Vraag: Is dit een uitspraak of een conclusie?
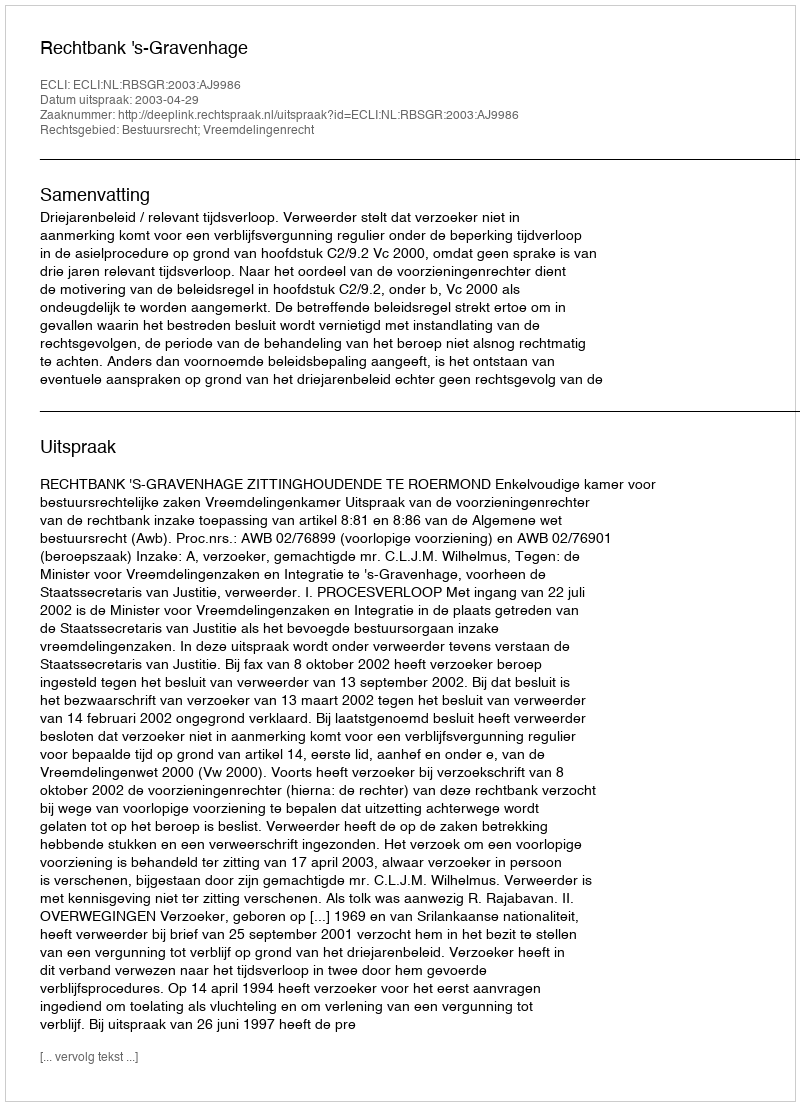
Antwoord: Uitspraak